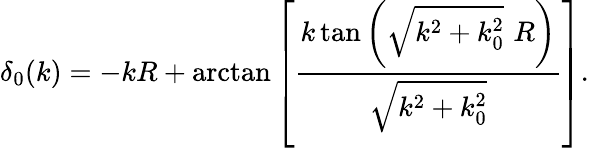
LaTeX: \delta_{0}(k)=-kR+\arctan\left[\frac{k\tan\left(\sqrt{k^{2}+k_{0}^{2}}\, \, R\right)}{\sqrt{k^{2}+k_{0}^{2}}}\right].